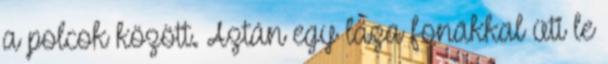
a polcok között. Aztán egy laza fonákkal üti le